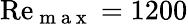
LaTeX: \mathrm{Re}_{\mathrm{~m~a~x~}}=1200